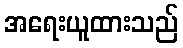
အရေးယူထားသည်